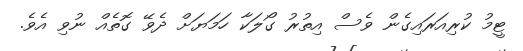
ޓީމު ކުރިއަރައިގެން ވެސް އިތުރު ގޯލަކާ ހަމަޔަށް ދެވޭ ގޮތެއް ނުވި އެވެ.